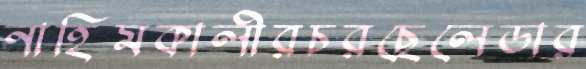
নাহিমকালীরচরছেলেডার